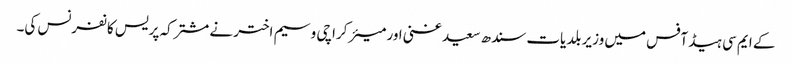
کے ایم سی ہیڈ آفس میں وزیر بلدیات سندھ سعید غنی اور میئر کراچی وسیم اختر نے مشترکہ پریس کانفرنس کی۔